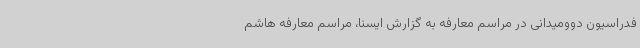
فدراسیون دوومیدانی در مراسم معارفه به گزارش ایسنا، مراسم معارفه هاشم